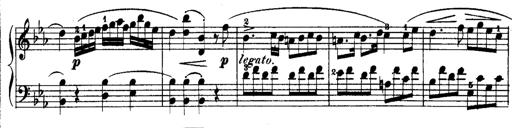
Title: Rondos and Sonatinas for Pianoforte
Composer: Daniel Steibelt